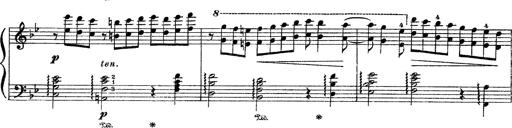
Title: Sarabande und Chaconne aus dem Singspiel
Composer: Franz Liszt